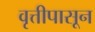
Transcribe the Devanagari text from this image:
वृत्तीपासून